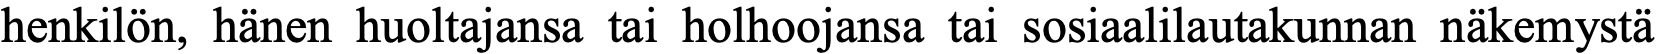
henkilön, hänen huoltajansa tai holhoojansa tai sosiaalilautakunnan näkemystä